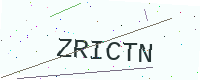
Text: ZRICTN